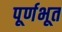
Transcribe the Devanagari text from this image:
पूर्णभूत